Indian journal of veterinary science and animal husbandry - Volume 1,
Year: 1931
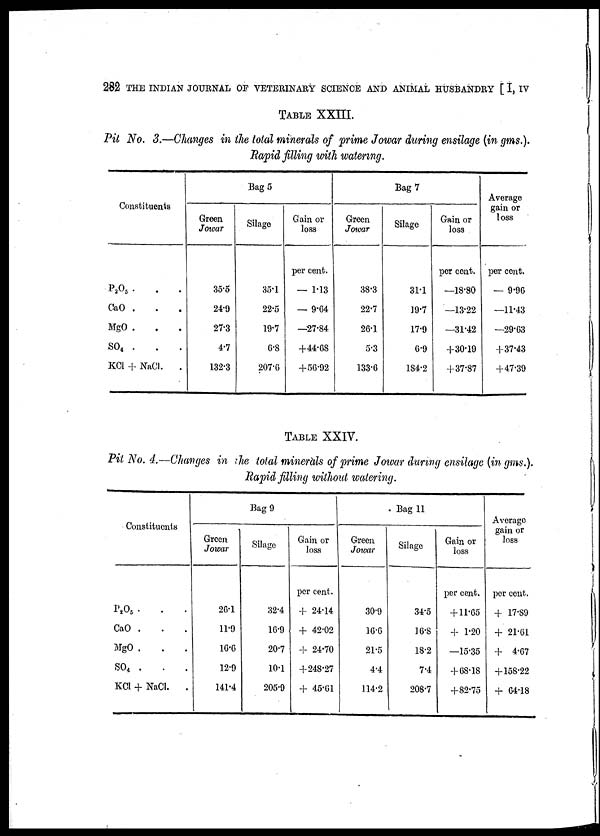
282 THE INDIAN JOURNAL OF VETERINARY SCIENCE AND ANIMAL HUSBANDRY [ I, IV
TABLE XXIII.
Pit No. 3.—Changes in the total minerals of prime Jowar during ensilage (in gms.).
Rapid filling with watering.
Constituents
P 2 O 5 .
.
.
CaO .
MgO .
SO 4 .
KC1 + NaCl.
.
Green
Jowar
35.5
24.9
27.3
4.7
132.3
Bag 5
Silage
35.1
22.5
19.7
6.8
207.6
Gain or
loss
per cent.
— 1.13
— 9.64
—27.84
+44.68
+56.92
Green
Jowar
38.3
22.7
26.1
5.3
133.6
Bag 7
Silage
31.1
19.7
17.9
6.9
184.2
Gain or
loss
per cent.
—18.80
—13.22
—31.42
+30.19
+37.87
Average
gain or
loss
per cent.
— 9.96
—11.43
—29.63
+37.43
+47.39
TABLE XXIV.
Pit No. 4.—Changes in the total minerals of prime Jowar during ensilage (in gms.).
Rapid filling without watering.
Constituents
P 2 O 5 . . .
CaO .
MgO .
SO 4 .
KCl + NaCl.
.
Green
Jowar
26.1
11.9
16.6
12.9
141.4
Bag 9
Silage
32.4
16.9
20.7
10.1
205.9
Gain or
loss
per cent.
+ 24.14
+ 42.02
+ 24.70
+ 248.27
+ 45.61
Green
Jowar
30.9
16.6
21.5
4.4
114.2
Bag 11
Silage
34.5
16.8
18.2
7.4
208.7
Gain or
loss
per cent.
+ 11.65
+ 1.20
—15.35
+ 68.18
+82.75
Average
gain or
loss
per cent.
+ 17.89
+ 21.61
+ 4.67
+ 158.22
+ 64.18